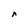
Character: r